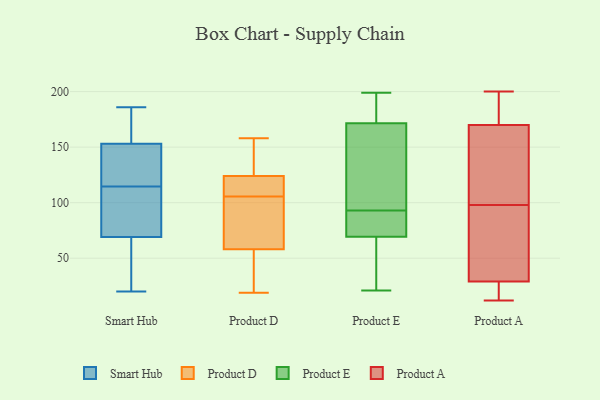
{"axis": {"x": "Headcount", "y": "Value"}, "legend": ["Product A", "Product D", "Product E", "Smart Hub"], "data": [{"x": "", "y": 140, "type": "Smart Hub"}, {"x": "", "y": 186, "type": "Smart Hub"}, {"x": "", "y": 69, "type": "Smart Hub"}, {"x": "", "y": 20, "type": "Smart Hub"}, {"x": "", "y": 123, "type": "Smart Hub"}, {"x": "", "y": 106, "type": "Smart Hub"}, {"x": "", "y": 25, "type": "Smart Hub"}, {"x": "", "y": 75, "type": "Smart Hub"}, {"x": "", "y": 153, "type": "Smart Hub"}, {"x": "", "y": 183, "type": "Smart Hub"}, {"x": "", "y": 19, "type": "Product D"}, {"x": "", "y": 158, "type": "Product D"}, {"x": "", "y": 99, "type": "Product D"}, {"x": "", "y": 112, "type": "Product D"}, {"x": "", "y": 119, "type": "Product D"}, {"x": "", "y": 155, "type": "Product D"}, {"x": "", "y": 65, "type": "Product D"}, {"x": "", "y": 124, "type": "Product D"}, {"x": "", "y": 58, "type": "Product D"}, {"x": "", "y": 42, "type": "Product D"}, {"x": "", "y": 185, "type": "Product E"}, {"x": "", "y": 49, "type": "Product E"}, {"x": "", "y": 93, "type": "Product E"}, {"x": "", "y": 131, "type": "Product E"}, {"x": "", "y": 151, "type": "Product E"}, {"x": "", "y": 169, "type": "Product E"}, {"x": "", "y": 74, "type": "Product E"}, {"x": "", "y": 191, "type": "Product E"}, {"x": "", "y": 77, "type": "Product E"}, {"x": "", "y": 179, "type": "Product E"}, {"x": "", "y": 121, "type": "Product E"}, {"x": "", "y": 90, "type": "Product E"}, {"x": "", "y": 55, "type": "Product E"}, {"x": "", "y": 46, "type": "Product E"}, {"x": "", "y": 199, "type": "Product E"}, {"x": "", "y": 21, "type": "Product E"}, {"x": "", "y": 81, "type": "Product E"}, {"x": "", "y": 54, "type": "Product A"}, {"x": "", "y": 59, "type": "Product A"}, {"x": "", "y": 163, "type": "Product A"}, {"x": "", "y": 116, "type": "Product A"}, {"x": "", "y": 144, "type": "Product A"}, {"x": "", "y": 12, "type": "Product A"}, {"x": "", "y": 189, "type": "Product A"}, {"x": "", "y": 25, "type": "Product A"}, {"x": "", "y": 199, "type": "Product A"}, {"x": "", "y": 130, "type": "Product A"}, {"x": "", "y": 29, "type": "Product A"}, {"x": "", "y": 78, "type": "Product A"}, {"x": "", "y": 80, "type": "Product A"}, {"x": "", "y": 14, "type": "Product A"}, {"x": "", "y": 170, "type": "Product A"}, {"x": "", "y": 12, "type": "Product A"}, {"x": "", "y": 192, "type": "Product A"}, {"x": "", "y": 200, "type": "Product A"}]}